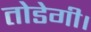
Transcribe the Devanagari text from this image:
तोडेगी।